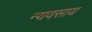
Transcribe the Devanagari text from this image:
न्यवसाय